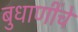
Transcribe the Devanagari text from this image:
बुधाणींचे